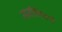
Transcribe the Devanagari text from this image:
मनीषिवर्ग